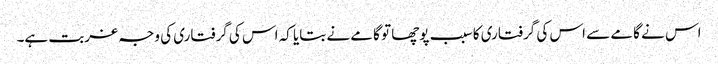
اس نے گامے سے اس کی گرفتاری کا سبب پوچھا تو گامے نے بتایا کہ اس کی گرفتاری کی وجہ غربت ہے۔